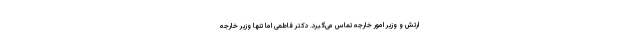
ارتش و وزیر امور خارجه تماس می‌گیرد. دکتر فاطمی اما تنها وزیر خارجه